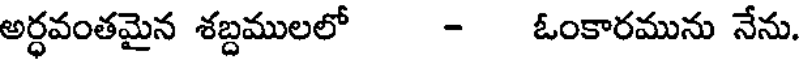
అర్ధవంతమైన శబ్దములలో - ఓంకారమును నేను.